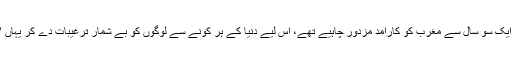
گزشتہ ایک سو سال سے مغرب کو کارآمد مزدور چاہیے تھے، اس لیے دنیا کے ہر کونے سے لوگوں کو بے شمار ترغیبات دے کر یہاں لایا گیا۔